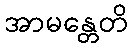
အာမန္တေတိ